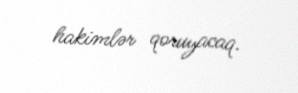
hakimlər qoruyacaq.